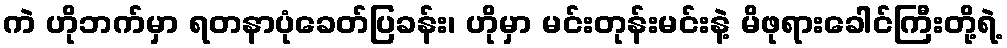
ကဲ ဟိုဘက်မှာ ရတနာပုံခေတ်ပြခန်း၊ ဟိုမှာ မင်းတုန်းမင်းနဲ့ မိဖုရားခေါင်ကြီးတို့ရဲ့